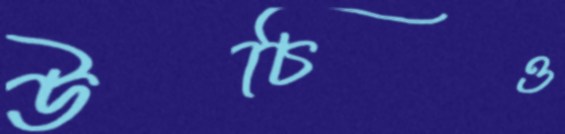
উচিও